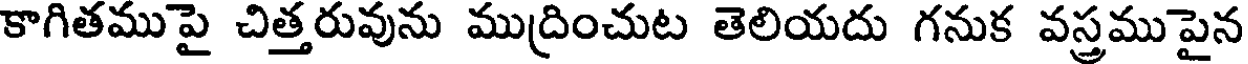
కాగితముపై చిత్తరువును ముద్రించుట తెలియదు గనుక వస్త్రముపైన